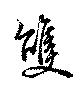
雙